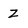
Character: Z